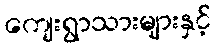
ကျေးရွာသားများနှင့်